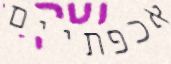
אכפתיים